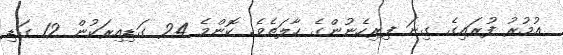
އުމުރު ފުރައިގެ ގިނަ ފިރިހެނުންގެ ހާލަތެވެ. ކޮންމެ 24 ގަޑިއިރަކުން 12 ގަޑި